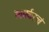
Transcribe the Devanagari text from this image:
त्वमर्कस्त्वं